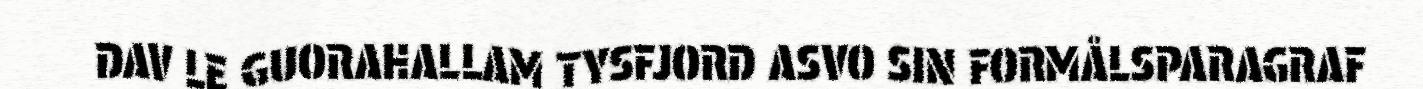
DAV LE GUORAHALLAM TYSFJORD ASVO SIN FORMÅLSPARAGRAF